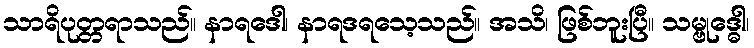
သာရိပုတ္တရာသည်။ နာရဒေါ၊ နာရဒရသေ့သည်။ အသိ၊ ဖြစ်ဘူးပြီ။ သမ္ဗုဒ္ဓေါ၊